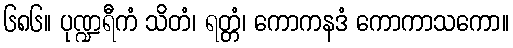
၆၈၆။ ပုဏ္ဍရီကံ သိတံ၊ ရတ္တံ၊ ကောကနဒံ ကောကာသကော။